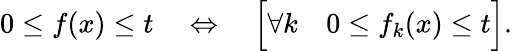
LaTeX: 0\leq f(x)\leq t\quad\Leftrightarrow\quad{\Bigl[}\forall k\quad 0\leq f_{k}(x)\leq t{\Bigr]}.